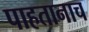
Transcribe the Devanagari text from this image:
पाहतानाच